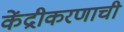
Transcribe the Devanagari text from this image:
केंद्रीकरणाची